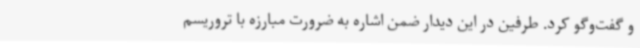
و گفت‌وگو کرد. طرفین در این دیدار ضمن اشاره به ضرورت مبارزه با تروریسم